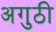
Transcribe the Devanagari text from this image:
अगुठी